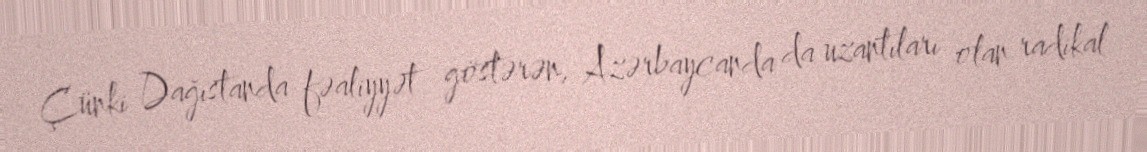
Çünki Dağıstanda fəaliyyət göstərən, Azərbaycanda da uzantıları olan radikal